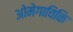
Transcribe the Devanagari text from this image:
ओमेगाविकि